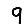
Digit: 9